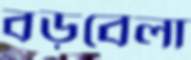
বড়বেলা